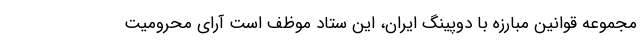
مجموعه قوانین مبارزه با دوپینگ ایران، این ستاد موظف است آرای محرومیت